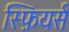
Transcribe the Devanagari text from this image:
स्फ़ियर्स